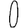
Digit: 0